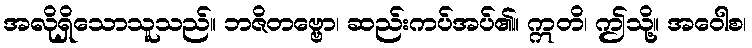
အလိုရှိသောသူသည်။ ဘဇိတဗ္ဗော၊ ဆည်းကပ်အပ်၏။ ဣတိ၊ ဤသို့။ အဝေါစ၊